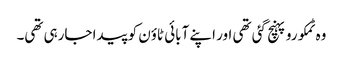
وہ ٹمکورو پہنچ گئی تھی اور اپنے آبائی ٹاؤن کو پیدا جارہی تھی۔